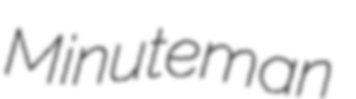
Minuteman